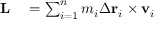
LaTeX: \begin{array} { r l } { \mathbf { L } } & { { } = \sum _ { i = 1 } ^ { n } m _ { i } \Delta \mathbf { r } _ { i } \times \mathbf { v } _ { i } } \end{array}